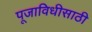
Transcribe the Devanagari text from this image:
पूजाविधीसाठी